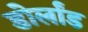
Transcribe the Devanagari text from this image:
डोर्लांड